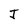
Character: J